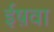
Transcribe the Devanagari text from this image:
ईष़वा